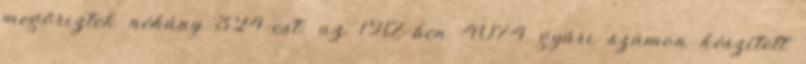
megőriztek néhány 324-est: az 1917-ben 4074 gyári számon készített